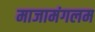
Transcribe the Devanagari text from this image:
माजामंगलम